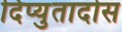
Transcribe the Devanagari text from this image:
दिप्युतादोस